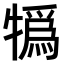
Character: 𤛨